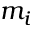
m _ { i }